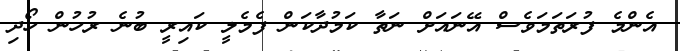
އެންމެ ފުރަތަމަވެސް އޭނައަށް ނަތާ ކަމުދާކަން ފެމެލީ ކައިރީ ބުނެ ރުހުން ހޯދި